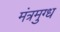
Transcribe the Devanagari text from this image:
मंत्रमुग्‍ध